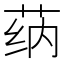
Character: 𰱌